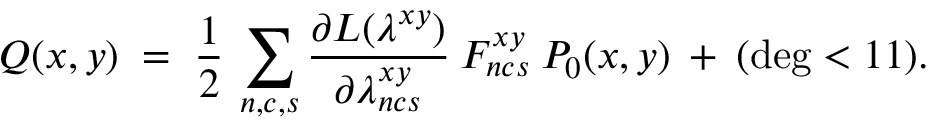
Q ( x , y ) \; = \; \frac { 1 } { 2 } \: \sum _ { n , c , s } \frac { \partial { \cal { L } } ( \lambda ^ { x y } ) } { \partial \lambda _ { n c s } ^ { x y } } \: F _ { n c s } ^ { x y } \: P _ { 0 } ( x , y ) \: + \: ( \deg < 1 1 ) .